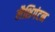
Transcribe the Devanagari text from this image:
लैशिगंटन